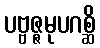
ပဗ္ဗဇ္ဇမုပဂစ္ဆိ